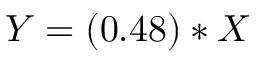
Y = ( 0 . 4 8 ) * X